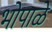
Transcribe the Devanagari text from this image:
भोपाळे